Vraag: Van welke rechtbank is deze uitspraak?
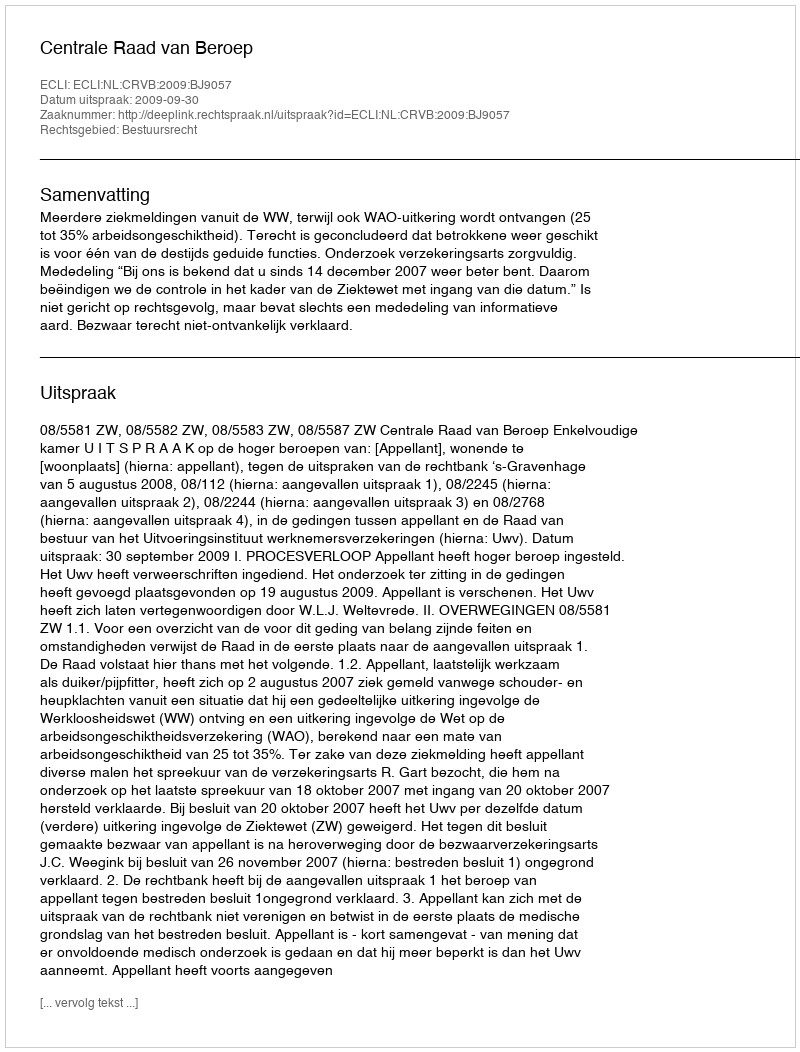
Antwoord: Centrale Raad van Beroep